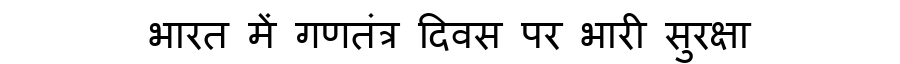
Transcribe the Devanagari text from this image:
भारत में गणतंत्र दिवस पर भारी सुरक्षा